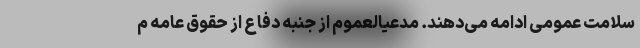
سلامت عمومی ادامه می‌دهند. مدعیالعموم از جنبه دفاع از حقوق عامه م